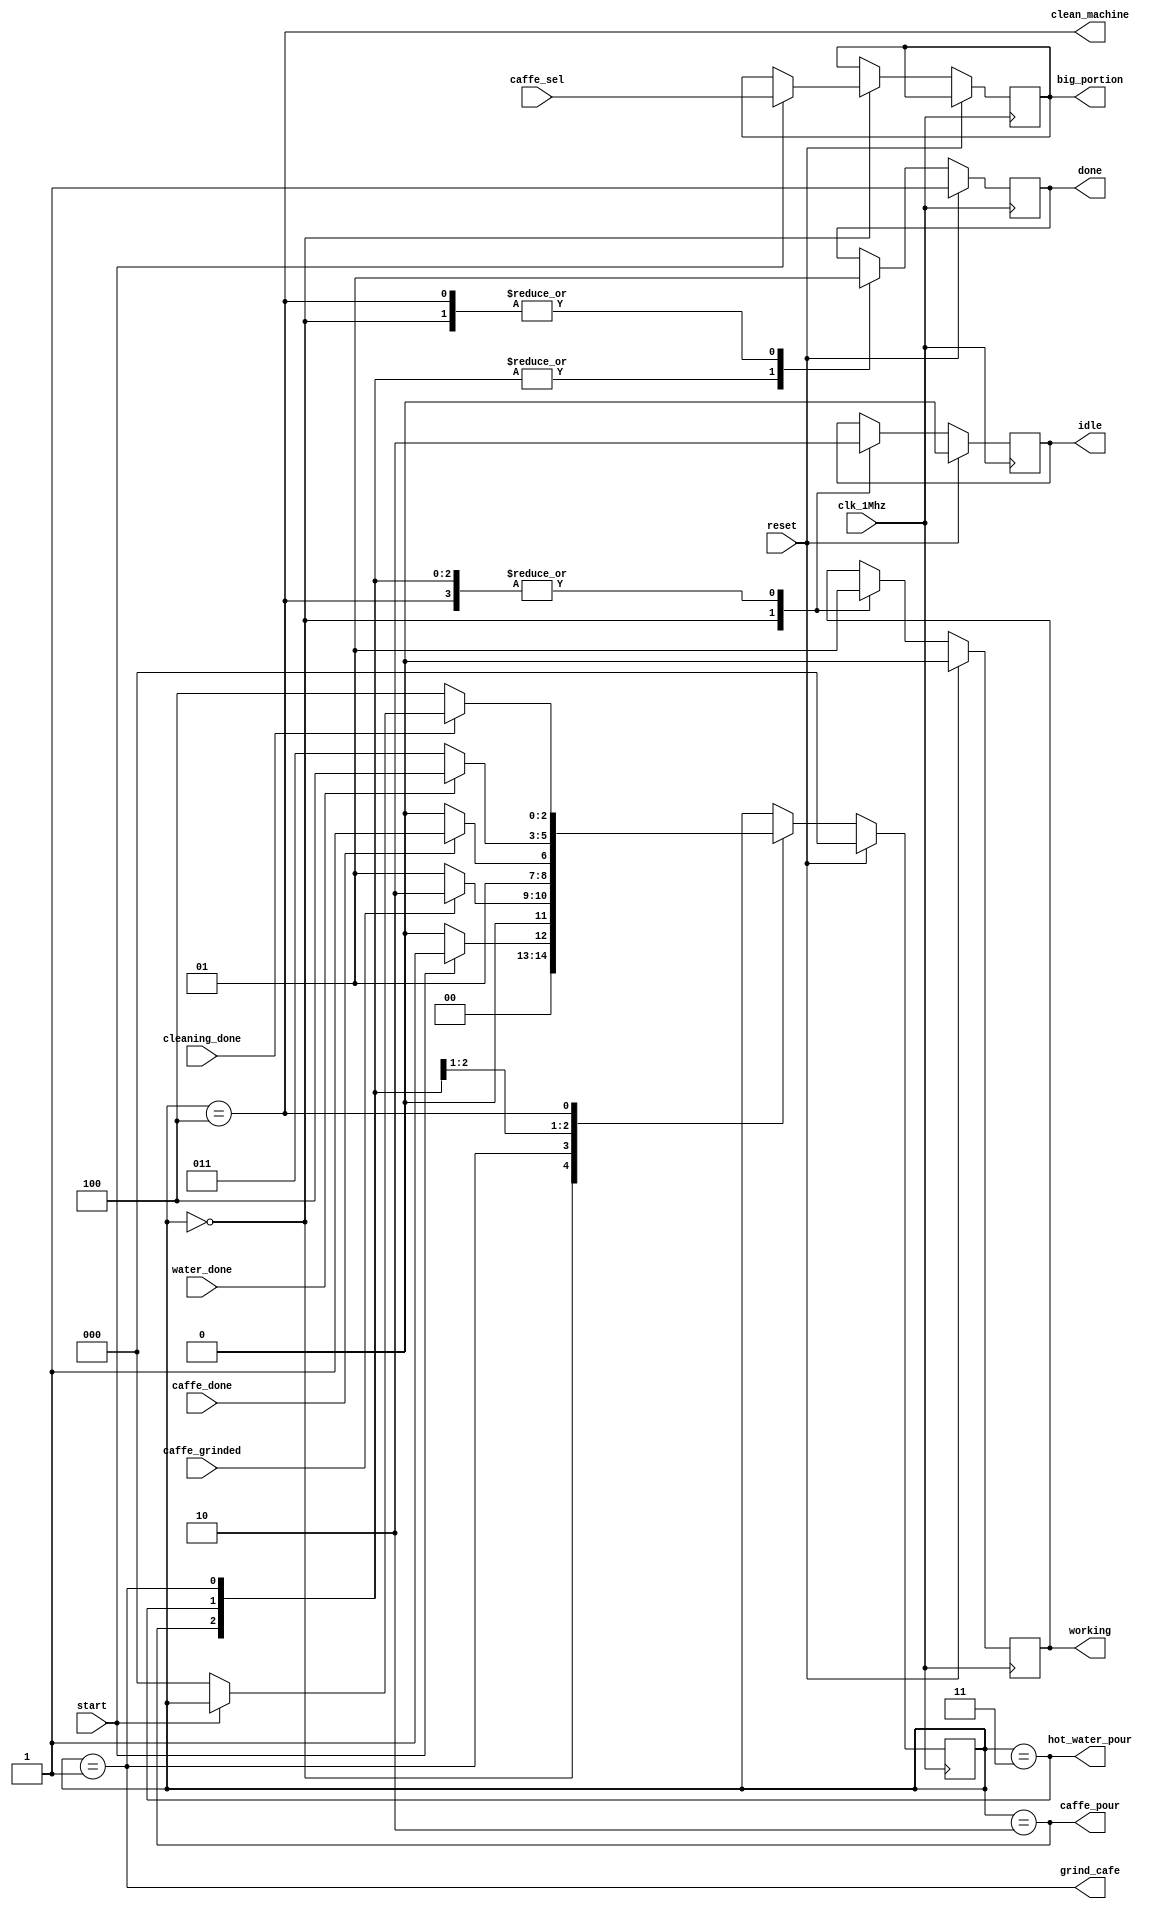
`timescale 1ns / 1ps


module caffee_machine(
	//zegar
    input clk_1Mhz,                     // zegar 1 Mhz
	
	//przyciski
    input reset,                        // resetuj maszyn do kawy
    input start,                        // rb kaw
	input caffe_sel,					// 0 - saba, 1 - mocna
	
	//czujniki
	input caffe_grinded,				// odpowiednia ilo kawy zostaa zmielona
	input water_done,					// wystarczajca ilo wody zostaa nalana
	input caffe_done,					// sygna od czujnika iloci kawy wsypnej
	input cleaning_done,				// czyszczenie zakoczone
	
	//wyjcia sterujce
	output reg big_portion,				// 1 - mocna kawa, 0-saba kawa
	output grind_cafe,				    // miel kaw
	output hot_water_pour,			    // lej wody
	output caffe_pour,				    // syp kawy
	output clean_machine,			    // pozbywanie si pozostaoci
	
	//ledy
	output reg idle,					// bezczyny
	output reg working,					// pracuje
    output reg done                     // kawa gotowa
);


	parameter IDLE       = 3'b000;        // stan bezczynnosci
	parameter GRINDING   = 3'b001;        // mielenie
	parameter CAFFE_POUR = 3'b010;        // sypanie kawy
	parameter WATER_POUR = 3'b011;        // zalewanie gorca wod
	parameter CLEANING   = 3'b100;        // czyszczenie 

    reg [2:0] status;                     //zmienna przechowujca obecny status

    always @(posedge clk_1Mhz) begin    // always wywoujcy si na kadym zboczu narastajcym zegara clk_1Mhz
        if (reset == 1) begin           // jeeli przycisk reset wcinity
            status  <= IDLE;            // ustawiamy obecny stan na "bezczynno
            done    <= 1;               
			working <= 0;
			idle	<= 0;
            
        end else begin                  // jeeli przycisk reset nie jest wcinity
            case (status)               // Sprawdzamy zmienn status
                IDLE : begin            // jeeli jest w niej zapisany obecny stan "idle"
					done    <= 1;               
					working <= 0;
					idle	<= 1;
					if (start == 1)begin			// jeeli wcinity przycisk "start"
						status  	<= GRINDING; 	// przechodzimy do stanu mielenie
						big_portion	<= caffe_sel; 	// zapamitujemy stan - czu kawa ma byc mocna czy saba
					end
					else                			// jeeli nie wcinity
						status  <= IDLE;			// zostajemy w stanie "Idle"
					end
                    
                GRINDING : begin            // Jeeli obecny stan to GRINDING
					done    <= 0;               
					working <= 1;
					idle	<= 0;
					
					if (caffe_grinded == 1)begin	// jeeli odpowiednia ilo kawy zostaa zmielona
						status  	<= CAFFE_POUR; 	// przechodzimy do stanu sypanie kawy
					end
					else                			// jeeli nie 
						status  <= GRINDING;		// zostajemy w stanie "GRINDING"
					end
				
                CAFFE_POUR : begin			// Jeeli obecny stan to CAFFE_POUR
					done    <= 0;               
					working <= 1;
					idle	<= 0;
					
					if (caffe_done == 1)begin		// jeeli odpowiednia ilo kawy zostaa nasypana
						status  	<= WATER_POUR; 	// przechodzimy do stanu zalewanie
					end
					else                			// jeeli nie
						status  <= CAFFE_POUR;		// zostajemy w stanie "CAFFE_POUR"
					end
					
				WATER_POUR : begin			// Jeeli obecny stan to WATER_POUR
					done    <= 0;               
					working <= 1;
					idle	<= 0;
					
					if (water_done == 1)begin		// jeeli odpowiednia ilo wody zostanie nalana
						status  	<= CLEANING; 	// przechodzimy do stanu CLEANING
					end
					else                			// jeeli nie
						status  <= WATER_POUR;		// zostajemy w stanie "CAFFE_POUR"
					end
					
                CLEANING : begin			// Jeeli obecny stan to CLEANING
					done    <= 1;               
					working <= 1;
					idle	<= 0;
				
					if (cleaning_done == 1)begin	// jeeli maszyna zostanie wyczyszczona
					   if (start == 0)             // jeeli kto trzyma przycisk, czekamy a go puci
					       status  	<= IDLE; 		// przechodzimy do stanu IDLE
					end
					else                			// jeeli nie
				        status  <= CLEANING;		// zostajemy w stanie "CLEANING"
					end
            endcase
        end
    end

assign grind_cafe = (status == GRINDING);
assign hot_water_pour = (status == WATER_POUR);
assign caffe_pour =	(status == CAFFE_POUR);
assign clean_machine = (status == CLEANING);

initial
    big_portion <= 0;
    
    

endmodule